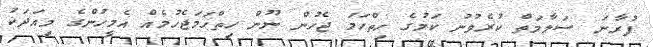
ފުރާނަ ސަލާމަތް ކުރެވުނު ކަމުގެ ހިތްހަމަ ޖެހުން ނޫން ހިތްހަމަޖެހުމެއް އެމީހުންގެ މިއަދަކު